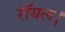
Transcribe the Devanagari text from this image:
रॉयल।